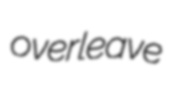
overleave